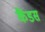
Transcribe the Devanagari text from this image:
कैंडस